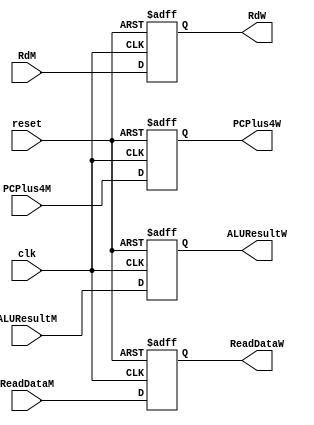

module MEM_WB (input clk, reset,
                input  [31:0] ALUResultM, ReadDataM,  
                input  [4:0] RdM, 
                input  [31:0] PCPlus4M,
                output reg[31:0] ALUResultW, ReadDataW,
                output  reg[4:0] RdW, 
                output reg [31:0] PCPlus4W);

always @( posedge clk, posedge reset ) begin 
    if (reset) begin
        ALUResultW <= 0;
        ReadDataW <= 0;
        
        RdW <= 0; 
        PCPlus4W <= 0;
    end

    else begin
        ALUResultW <= ALUResultM;
        ReadDataW <= ReadDataM;
        
        RdW <= RdM; 
        PCPlus4W <= PCPlus4M;        
    end
    
end

endmodule